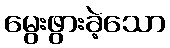
မွေးဖွားခဲ့သော